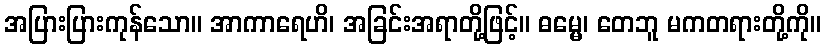
အပြားပြားကုန်သော။ အာကာရေဟိ၊ အခြင်းအရာတို့ဖြင့်။ ဓမ္မေ၊ တေဘူ မကတရားတို့ကို။